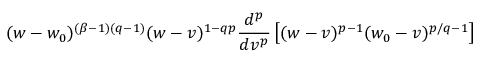
( w - w _ { 0 } ) ^ { ( \beta - 1 ) ( q - 1 ) } ( w - v ) ^ { 1 - q p } \frac { d ^ { p } } { d v ^ { p } } \left[ ( w - v ) ^ { p - 1 } ( w _ { 0 } - v ) ^ { p / q - 1 } \right]